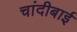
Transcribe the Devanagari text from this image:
चांदीबाई